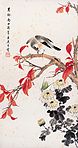
不似春风逞红艳，镜前空坠玉人钗。